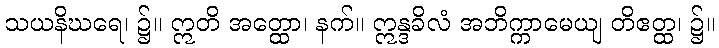
သယနိဃရေ၊ ၌။ ဣတိ အတ္ထော၊ နက်။ ဣန္ဒခိလံ အဘိက္ကာမေယျ တိဧတ္ထ၊ ၌။